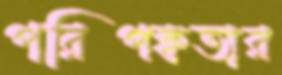
পরিপক্বতার